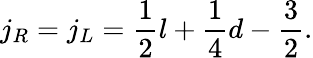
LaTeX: j_{R}=j_{L}=\frac{1}{2}l+\frac{1}{4}d-\frac{3}{2}.